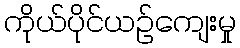
ကိုယ်ပိုင်ယဉ်ကျေးမှု